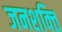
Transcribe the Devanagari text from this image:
जनशक्‍ति